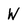
Character: W